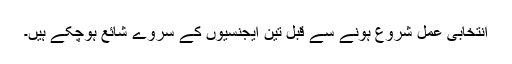
انتخابی عمل شروع ہونے سے قبل تین ایجنسیوں کے سروے شائع ہوچکے ہیں۔